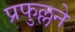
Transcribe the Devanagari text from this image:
प्रफुल्लने